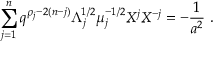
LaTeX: \sum _ { j = 1 } ^ { n } q ^ { \rho _ { j } - 2 ( n - j ) } \Lambda _ { j } ^ { 1 / 2 } \mu _ { j } ^ { - 1 / 2 } { \cal X } ^ { j } { \cal X } ^ { - j } = - \frac { 1 } { a ^ { 2 } } ~ .